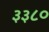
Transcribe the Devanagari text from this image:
३३८०